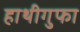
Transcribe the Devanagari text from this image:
हाथीगुफा